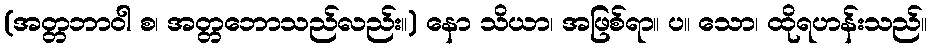
(အတ္တဘာဝါ စ၊ အတ္တဘောသည်လည်း။) နော သိယာ၊ အဖြစ်ရာ။ ပ။ သော၊ ထိုရဟန်းသည်။